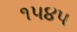
૧૫૪૫